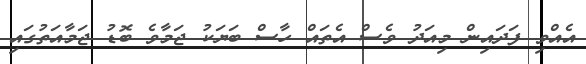
އެއްވި ފަދައިން މިއަދު ވެސް އެތައް ހާސް ބަޔަކު ޖަމާވެ ބޮޑު ޖަމާއަތުގައި